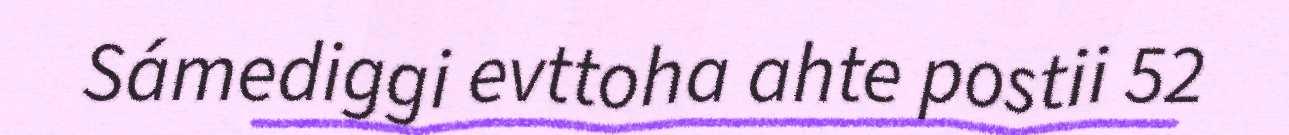
Sámediggi evttoha ahte postii 52